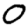
Digit: 0